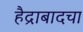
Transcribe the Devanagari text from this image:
हैद्राबादचा